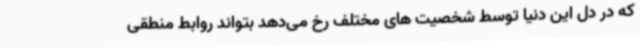
که در دل این دنیا توسط شخصیت های مختلف رخ می‌دهد بتواند روابط منطقی